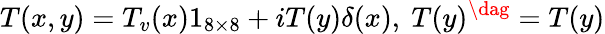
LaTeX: T(x,y)=T_{v}(x)1_{8\times 8}+iT(y)\delta(x),\ T(y)^{\dag}=T(y)